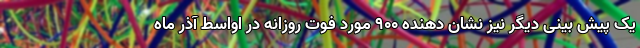
یک پیش بینی دیگر نیز نشان دهنده ۹۰۰ مورد فوت روزانه در اواسط آذر ماه